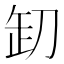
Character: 𠛺